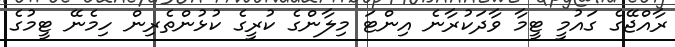
ރާއްޖޭގެ ގައުމީ ޓީމާ ވާދަކުރާނެ އިންޓަ މިލާންގެ ކުރީގެ ކުޅުންތެރިން ހިމެނޭ ޓީމުގެ